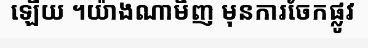
ឡើយ ។យ៉ាងណាមិញ មុនការចែកផ្លូវ